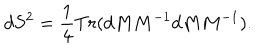
LaTeX: d S ^ { 2 } = \frac { 1 } { 4 } T r ( d M M ^ { - 1 } d M M ^ { - 1 } ) .